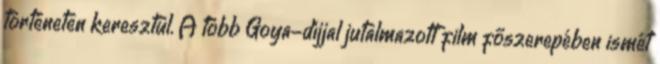
történeten keresztül. A több Goya-díjjal jutalmazott film főszerepében ismét